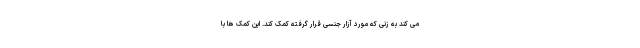
می کند به زنی که مورد آزار جنسی قرار گرفته کمک کند. این کمک ها با